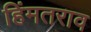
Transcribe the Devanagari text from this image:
हिंमतराव